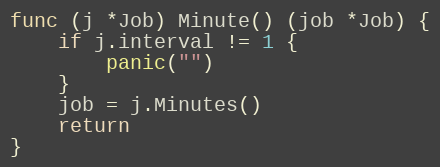
Language: Go
func (j *Job) Minute() (job *Job) {
	if j.interval != 1 {
		panic("")
	}
	job = j.Minutes()
	return
}